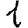
Digit: 1